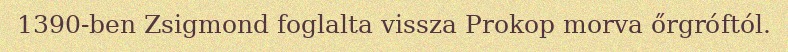
1390-ben Zsigmond foglalta vissza Prokop morva őrgróftól.